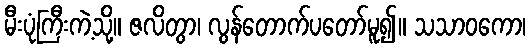
မီးပုံကြီးကဲ့သို့။ ဇလိတွာ၊ လွန်တောက်ပတော်မူ၍။ သသာဝကော၊